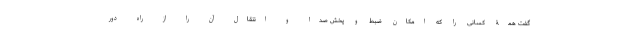
گفت همۀ کسانی را که امکان ضبط و پخش صدا و انتقال آن را از راه دور